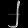
Digit: ၂